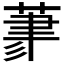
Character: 𦳳